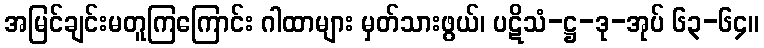
အမြင်ချင်းမတူကြကြောင်း ဂါထာများ မှတ်သားဖွယ်၊ ပဋိသံ-ဋ္ဌ-ဒု-အုပ် ၆၃-၆၄။